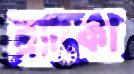
ব্র্যাংকা